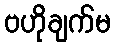
ဗဟိုချက်မ